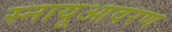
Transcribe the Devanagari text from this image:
स्नायूआवरण